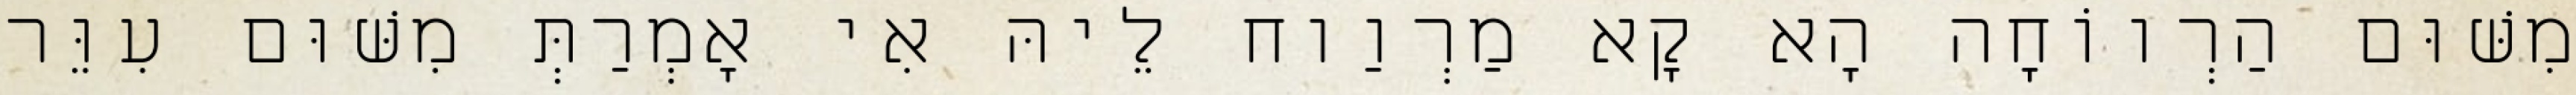
מִשּׁוּם הַרְווֹחָה הָא קָא מַרְוַוח לֵיהּ אִי אָמְרַתְּ מִשּׁוּם עִוֵּר